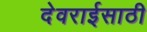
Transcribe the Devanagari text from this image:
देवराईसाठी